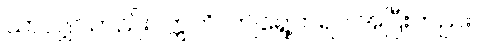
သာလျှင်တည်း။ ဣတိ၊ ဤရွေ့တရပ် အပြီးတည်း။